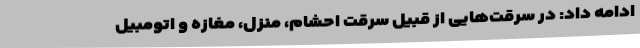
ادامه داد: در سرقت‌هایی از قبیل سرقت احشام، منزل، مغازه و اتومبیل